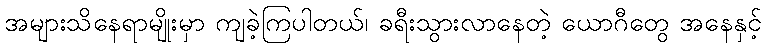
အများသိနေရာမျိုးမှာ ကျခဲ့ကြပါတယ်၊ ခရီးသွားလာနေတဲ့ ယောဂီတွေ အနေနှင့်